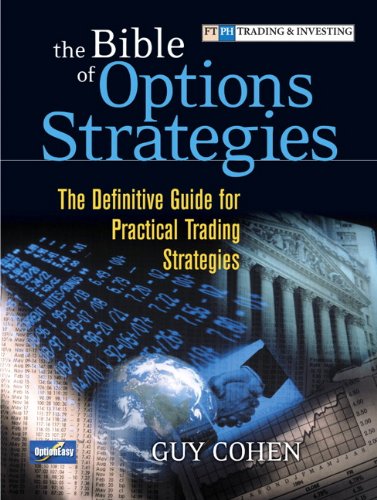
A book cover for The Bible of Options Strategies: The Definitive Guide for Practical Trading Strategies; Guy Cohen; Business & Money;